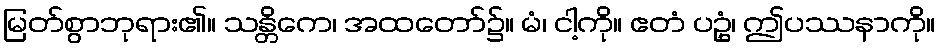
မြတ်စွာဘုရား၏။ သန္တိကေ၊ အထတော်၌။ မံ၊ ငါ့ကို။ ဧတံ ပဥှံ၊ ဤပဿနာကို။